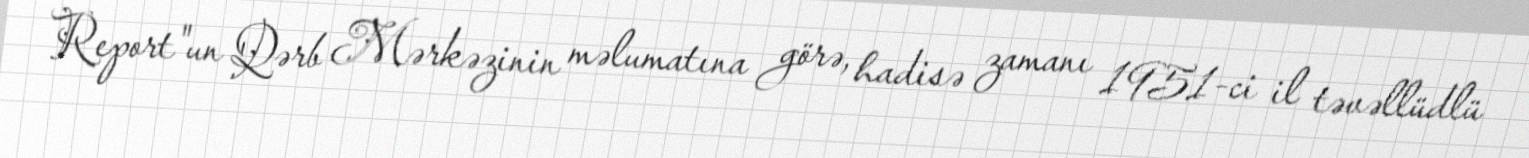
Report"un Qərb Mərkəzinin məlumatına görə, hadisə zamanı 1951-ci il təvəllüdlü